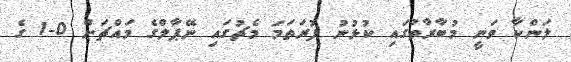
ލަންކާ ވަނީ މުބާރާތުގައި ކުޅުނު ފުރަތަމަ މެޗުގައި ނޭޕާލްގެ މައްޗަށް 0-1 ގެ